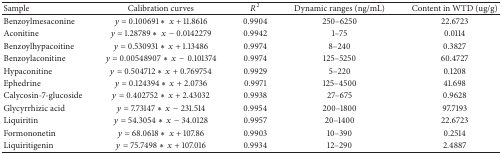
<table><thead><tr><td><b>Sample</b></td><td><b>Calibration curves</b></td><td><b><i>R</i><sup>2</sup></b></td><td><b>Dynamic ranges (ng/mL)</b></td><td><b>Content in WTD (ug/g)</b></td></tr></thead><tbody><tr><td>Benzoylmesaconine</td><td><i>y</i> = 0.100691 ∗<i>x</i> + 11.8616</td><td>0.9904</td><td>250–6250</td><td>22.6723</td></tr><tr><td>Aconitine</td><td><i>y</i> = 1.28789 ∗<i>x</i>− 0.0142279</td><td>0.9942</td><td>1–75</td><td>0.0114</td></tr><tr><td>Benzoylhypacoitine</td><td><i>y</i> = 0.530931 ∗<i>x</i> + 1.13486</td><td>0.9974</td><td>8–240</td><td>0.3827</td></tr><tr><td>Benzoylaconitine</td><td><i>y</i> = 0.00548907 ∗<i>x</i>−0.101374</td><td>0.9974</td><td>125–5250</td><td>60.4727</td></tr><tr><td>Hypaconitine</td><td><i>y</i> = 0.504712 ∗<i>x</i> + 0.769754</td><td>0.9929</td><td>5–220</td><td>0.1208</td></tr><tr><td>Ephedrine</td><td><i>y</i> = 0.124394 ∗<i>x</i> + 2.0736</td><td>0.9971</td><td>125–4500</td><td>41.698</td></tr><tr><td>Calycosin-7-glucoside</td><td><i>y</i> = 0.402752 ∗<i>x</i> + 2.43032</td><td>0.9938</td><td>27–675</td><td>0.9628</td></tr><tr><td>Glycyrrhizic acid</td><td><i>y</i> = 7.73147 ∗<i>x</i>− 231.514</td><td>0.9954</td><td>200–1800</td><td>97.7193</td></tr><tr><td>Liquiritin</td><td><i>y</i> = 54.3054 ∗<i>x</i>− 34.0128</td><td>0.9957</td><td>20–1400</td><td>22.6723</td></tr><tr><td>Formononetin</td><td><i>y</i> = 68.0618 ∗<i>x</i> + 107.86</td><td>0.9903</td><td>10–390</td><td>0.2514</td></tr><tr><td>Liquiritigenin</td><td><i>y</i> = 75.7498 ∗<i>x</i> + 107.016</td><td>0.9934</td><td>12–290</td><td>2.4887</td></tr></tbody></table>